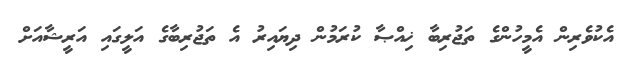
އެކުވެރިން އެމީހުންގެ ތަޖުރިބާ ޚިއްޞާ ކުރަމުން ދިޔައިރު އެ ތަޖުރިބާގެ އަލީގައި އަރީޝާއަށް